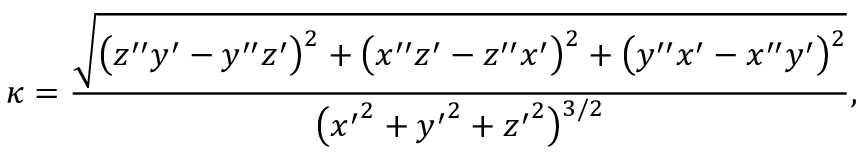
\kappa = { \frac { \sqrt { { \bigl ( } z ^ { \prime \prime } y ^ { \prime } - y ^ { \prime \prime } z ^ { \prime } { \bigr ) } { \vphantom { ' } } ^ { 2 } + { \bigl ( } x ^ { \prime \prime } z ^ { \prime } - z ^ { \prime \prime } x ^ { \prime } { \bigr ) } { \vphantom { ' } } ^ { 2 } + { \bigl ( } y ^ { \prime \prime } x ^ { \prime } - x ^ { \prime \prime } y ^ { \prime } { \bigr ) } { \vphantom { ' } } ^ { 2 } } } { { \bigl ( } { x ^ { \prime } } ^ { 2 } + { y ^ { \prime } } ^ { 2 } + { z ^ { \prime } } ^ { 2 } { \bigr ) } { \vphantom { ' } } ^ { 3 / 2 } } } ,